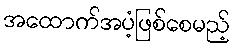
အထောက်အပံ့ဖြစ်စေမည့်